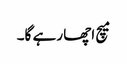
میچ اچھا رہے گا۔